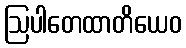
ဩပါတေထာတိယေဝ